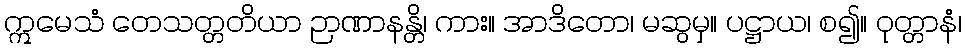
ဣမေသံ တေသတ္တတိယာ ဉာဏာနန္တိ၊ ကား။ အာဒိတော၊ မဆွမှ။ ပဋ္ဌာယ၊ စ၍။ ဝုတ္တာနံ၊